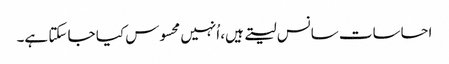
احساسات سانس لیتے ہیں، اُنہیں محسوس کیا جا سکتا ہے۔